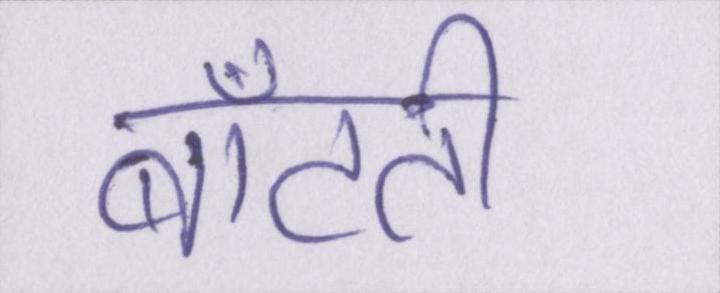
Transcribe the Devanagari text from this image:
बाँटती